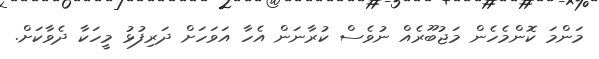
މަންމަ ކޮންމެހެން މަޖުބޫރެއް ނުވެސް ކުރާނަން އެހާ އަވަހަށް ދަރިފުޅު މީހަކާ ދެވާކަށް.